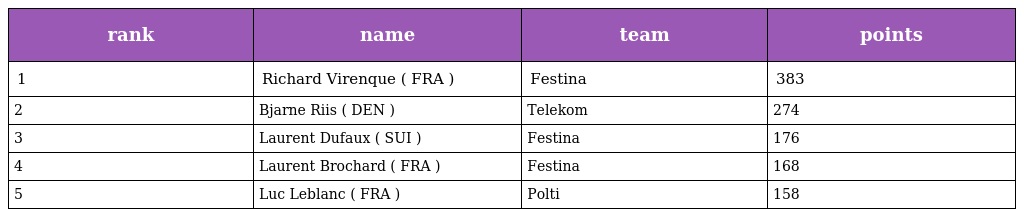
| rank | name | team | points |
 | --- | --- | --- | --- |
 | 1 | Richard Virenque ( FRA ) | Festina | 383 |
 | 2 | Bjarne Riis ( DEN ) | Telekom | 274 |
 | 3 | Laurent Dufaux ( SUI ) | Festina | 176 |
 | 4 | Laurent Brochard ( FRA ) | Festina | 168 |
 | 5 | Luc Leblanc ( FRA ) | Polti | 158 |